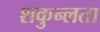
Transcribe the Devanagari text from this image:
शकुन्‍लता